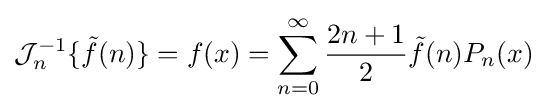
{\mathcal {J}}_{n}^{-1}\{{\tilde {f}}(n)\}=f(x)=\sum _{n=0}^{\infty }{\frac {2n+1}{2}}{\tilde {f}}(n)P_{n}(x)